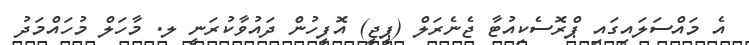
އެ މައްސަލައިގައި ޕްރޮސެކިއުޓާ ޖެނެރަލް (ޕީޖީ) އޮފީހުން ދައުވާކުރަނީ ލ. މާހަލް މުހައްމަދު